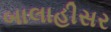
બાલાહીસર